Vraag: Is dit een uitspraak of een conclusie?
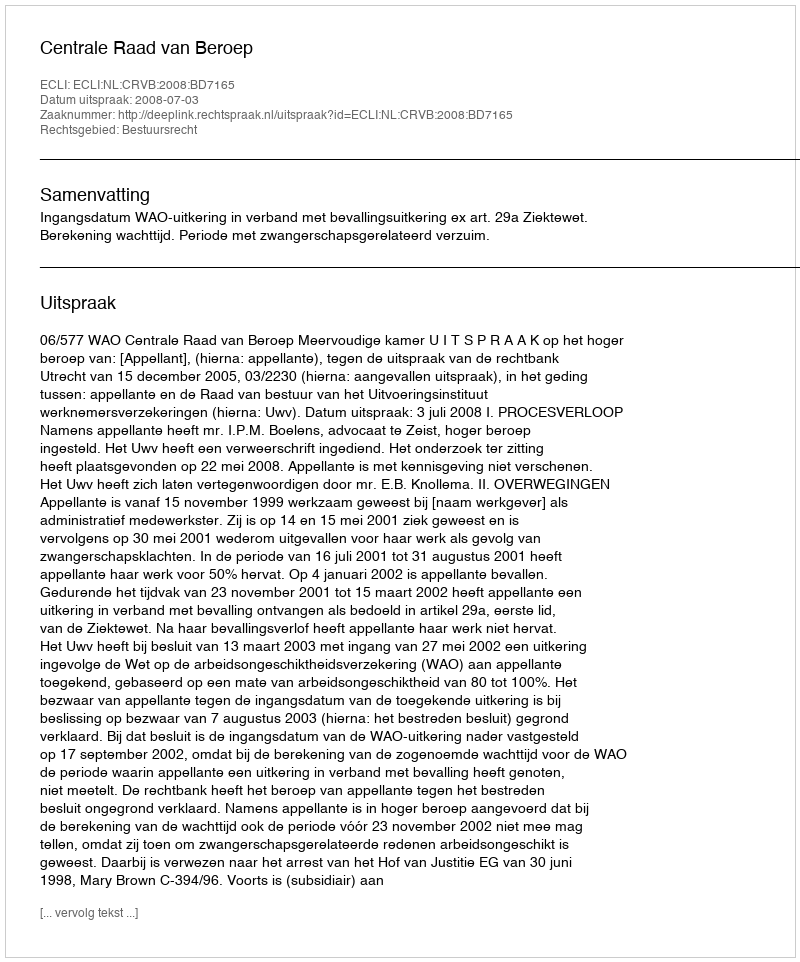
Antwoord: Uitspraak